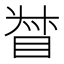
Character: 𥆳